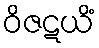
ဝိဇဋယိံ